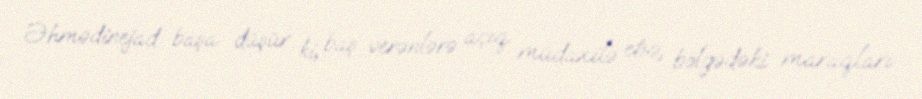
Əhmədinejad başa düşür ki, baş verənlərə açıq müdaxilə etsə, bölgədəki maraqları